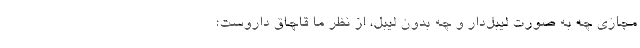
مجازی چه به صورت لیبل‌دار و چه بدون لیبل، از نظر ما قاچاق داروست؛